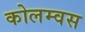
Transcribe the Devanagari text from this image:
कोलम्वस